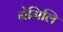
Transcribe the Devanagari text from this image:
नेमिलि